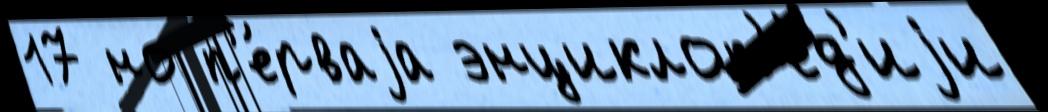
17 но п'е́рваjа энциклоп'е́д'иjи